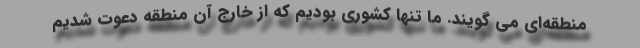
منطقه‌ای می گویند. ما تنها کشوری بودیم که از خارج آن منطقه دعوت شدیم